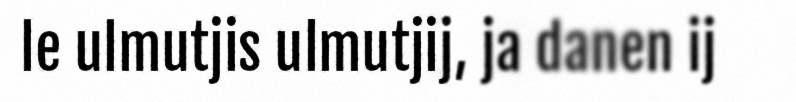
le ulmutjis ulmutjij, ja danen ij